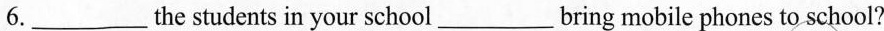
6.___the students in your school___bring mobile phones to school?